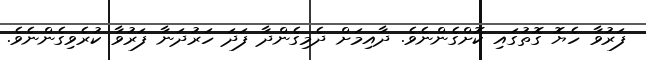
ފަރުވާ ހެޔޮ ގޮތުގައި ކޮށްގެންނެވެ. ދާއިމަށް ދެމިގެންދާ ފަދަ ހަރުދަނާ ފަރުވާ ކުރެވިގެންނެވެ.